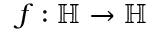
\; f : \mathbb { H } \to \mathbb { H }